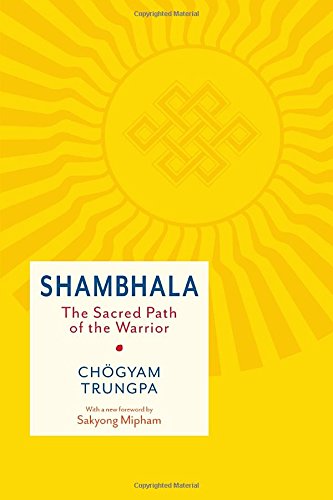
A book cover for Shambhala: The Sacred Path of the Warrior; Chogyam Trungpa; Religion & Spirituality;